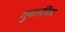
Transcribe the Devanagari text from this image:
गुमानमिश्र